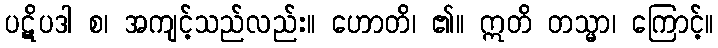
ပဋိပဒါ စ၊ အကျင့်သည်လည်း။ ဟောတိ၊ ၏။ ဣတိ တသ္မာ၊ ကြောင့်။